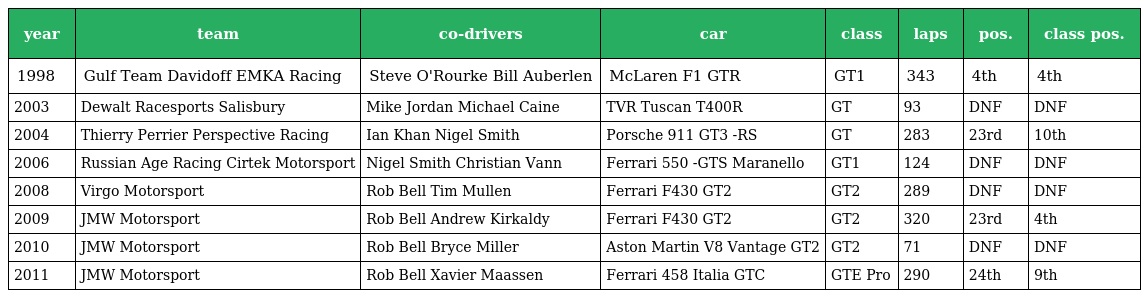
| year | team | co-drivers | car | class | laps | pos. | class pos. |
 | --- | --- | --- | --- | --- | --- | --- | --- |
 | 1998 | Gulf Team Davidoff EMKA Racing | Steve O'Rourke Bill Auberlen | McLaren F1 GTR | GT1 | 343 | 4th | 4th |
 | 2003 | Dewalt Racesports Salisbury | Mike Jordan Michael Caine | TVR Tuscan T400R | GT | 93 | DNF | DNF |
 | 2004 | Thierry Perrier Perspective Racing | Ian Khan Nigel Smith | Porsche 911 GT3 -RS | GT | 283 | 23rd | 10th |
 | 2006 | Russian Age Racing Cirtek Motorsport | Nigel Smith Christian Vann | Ferrari 550 -GTS Maranello | GT1 | 124 | DNF | DNF |
 | 2008 | Virgo Motorsport | Rob Bell Tim Mullen | Ferrari F430 GT2 | GT2 | 289 | DNF | DNF |
 | 2009 | JMW Motorsport | Rob Bell Andrew Kirkaldy | Ferrari F430 GT2 | GT2 | 320 | 23rd | 4th |
 | 2010 | JMW Motorsport | Rob Bell Bryce Miller | Aston Martin V8 Vantage GT2 | GT2 | 71 | DNF | DNF |
 | 2011 | JMW Motorsport | Rob Bell Xavier Maassen | Ferrari 458 Italia GTC | GTE Pro | 290 | 24th | 9th |